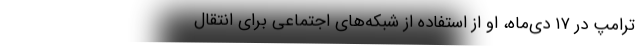
ترامپ در ۱۷ دی‌ماه، او از استفاده از شبکه‌های اجتماعی برای انتقال